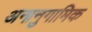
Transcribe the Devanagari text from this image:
अनानुगामिक